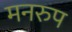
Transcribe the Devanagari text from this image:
मनरुप